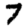
Digit: 7